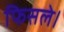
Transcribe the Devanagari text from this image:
फिसले।